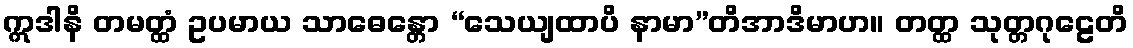
ဣဒါနိ တမတ္ထံ ဥပမာယ သာဓေန္တော “သေယျထာပိ နာမာ”တိအာဒိမာဟ။ တတ္ထ သုတ္တဂုဠေတိ